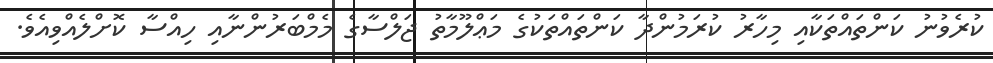
ކުރެވުނު ކަންތައްތަކާއި މިހާރު ކުރަމުންދާ ކަންތައްތަކުގެ މަޢްލޫމާތު ޖަލްސާގެ މެމްބަރުންނާއި ހިއްސާ ކޮށްލެއްވިއެވެ.